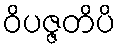
ဝိပဇ္ဇတိပိ